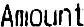
AMOUNT